Report on horse surra - Volume II, Part I
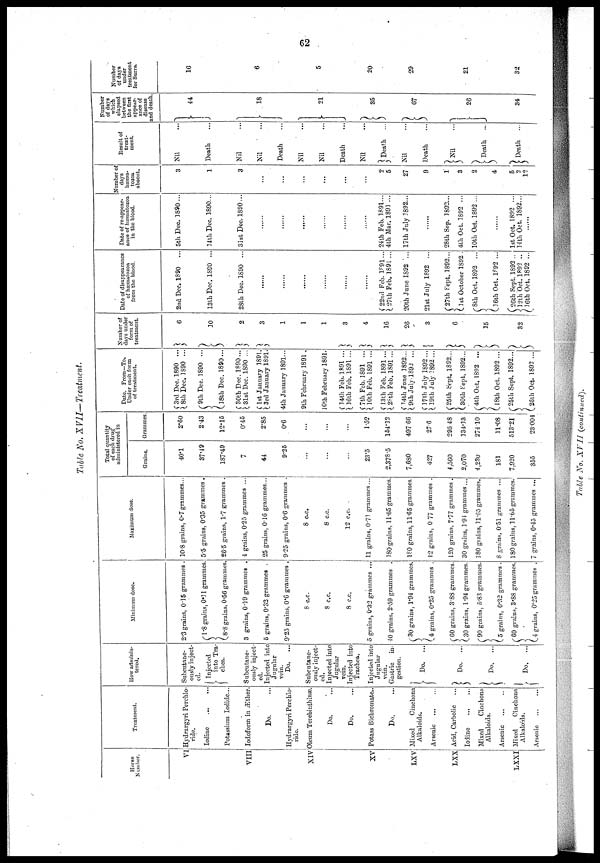
Table No. XVII—Treatment.
Horse
Number.
VI
VIII
XIV
XV
LXV
LXX
LXXI
Treatment.
Hydrargyri Perchlo-
ride.
Iodine
...
...
Potassium Iodide...
Iodoform in Æther
Do.
Hydrargyri Perchlo-
ride.
Oleum Terebinthinæ.
Do.
Do.
Potass Bichromate..
Do.
Mixed
Cinchona
Alkaloids...
Arsenic ...
Acid, Carbolic ...
Iodine ...
Mixed
Cinchona
Alkaloids.
Arsenic
...
...
Mixed
Cinchona
Alkaloids.
Arsenic
How adminis-
tered.
Subcutane-
ously inject-
ed.
Injected
}into
Tra-
chea.
Subcutane-
onsly inject
ed.
Injected into
Jugular
vein.
Do.
Subcutane-
ously inject-
ed.
Injected into
Jugular
vein.
Injected into
Trachea.
Injected into
Jugular
vein.
Gastric
in-
gestion.
} Do.
...
} Do. ...
} Do.
...
Do.
...
Minimum dose.
2.3 grains, 0.15 grammes
{ l.8 grains, 0.11 grammes
{8.8 grains, 0.56 grammes
3 grains, 0.19 grammes .
5 grains, 0.32 grammes .
9.25 grains, 0.6 grammes .
8 c.c.
8 c.c.
8 c.c.
5 grains, 0.32 grammes ...
40 grains, 2.59 grammes .
{ 30 grains, 1.94 grammes.
4 grains, 0.25 grammes .
{ 60 grains, 3.88 grammes.
30 grains, 1.94 grammes.
{ 90 grains, 5.83 grammes.
5 grains, 0.32 grammes .
{60 grains, 3.88 grammes,
4 grains, 0.25 grammes .
Maximum dose.
10.8 grains, 0.7 grammes..
5.5 grains, 0.35 grammes
26.5 grains, 1.7 grammes
4 grains, 0.25 grammes ...
25 grains, 0.16 grammes....
9.25 grains, 0.6 grammes .
8 c.c.
8 c.c.
12 c.c.
11 grains, 0.71 grammes...
180 grains, 11.65 grammes.
180 grains, 11.65 grammes.
12 grains, 0.77 grammes .
120 grains, 7.77 grammes ...
30 grains, 1.94 grammes ...
180 grains, 11.65 grammes.
8 grains, 0.51 grammes ...
180 grains, 11.65 grammes.
7 grains, 0.45 grammes ...
Total quantity
of each drug
administered in
Grains.
40.1
37.49
187.49
7
44
9.25
...
...
...
23.5
2,378.5
7,680
427
4,560
2,070
4,230
181
7,920
355
Grammes
2.60
2.43
12.15
0.45
2.85
0.6
...
...
...
1.52
154.12
497. 66
27.6
295 48
134.13
274.10
11.08
513.21
23.004
Date. From—To.
Under each form
of treatment.
{ 3rd Dec. 1890 ..
8th Dec. 1890 ..
9th Dec. 1890 ..
{18th Dec. 1890..
{30th Dec. 1890...
31st Dec. 1890 ...
{ 1st January 1891.
3rd January 1891.
4th January 1891...
9th February 1891 .
10th February 1891.
{ 14th Feb. 1891 ...
16th Feb. 1891 ...
7th Feb. 1891 ...
{ 10th Feb. 1891 ...
{ 13th Feb. 1891 ...
28th Feb. 1891 ...
{14th June 1892...
9th July. 1892 ...
{17th July 1892...
19th July 1892...
{ 25th Sept. 1892...
30th Sept. 1892...
{4th Oct. 1892 ...
18th Oct. 1892 ...
{25th Sept. 1892...
26th Oct. 1892
Number of
days under
form of
treatment.
}
} }
}
}
}
}
}
}
}
}
}
}
6
10
2
3
1
1
1
3
4
16
26
3
6
15
32
Date of disappearance
of hæmatozoa
from the blood.
2nd Dec 1890
...
13th Dec. 1890 ...
28th Dec. 1890 ...
......
......
.......
{22nd Feb. 1891...
27th Feb. 1891 ...
20th June 1892 ...
21st July 1892 ...
27th Sept. 1892...
1st October 1892 .
{8th Oct. 1892 ...
16th Oct. 1892 ...
{26th Sept. 1892 ...
12th Oct. 1892 ...
16th Oct. 1892 ...
Date of re-appear-
ance of hæmatozoa
in the blood.
5th Dec. 1890...
14th Dec. 1890...
31st Dec. 1890...
......
......
24th Feb. 1891...
4th Mar. 1891 ...
17th July 1892...
28th Sep. 1892...
4th Oct. 1892 ...
10th Oct. 1892 ...
1st Oct. 1892 ...
14th Oct. 1892...
Number of
days
hæma-
tozoa
absent.
3
1
3
...
...
...
...
2
5 }
27
9
1
2 }
2
4 }
5
2 }
12
Result of
treat-
ment.
Nil
Death
Nil
Nil
Death
Nil
Nil
Death
Nil
Death
...
Nil
Death
Nil
Death
...
Death
...
Number
of days
which
elapsed
between
the first
appear-
ance of
disease
and death
} 44
} 18
}
21
} 35
}
67
}
26
34
Number
of days
under
treatment
for Surra.
16
6
5
20
29
21
32
Table No. XVII
(continued).
62